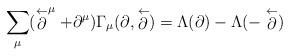
LaTeX: \begin{align*}\sum_{\mu} ( \stackrel{\leftarrow} {\partial}^{\mu} +\partial^{\mu} ) \Gamma_{\mu} (\partial, \stackrel{\leftarrow}{\partial})= \Lambda(\partial)- \Lambda(-\stackrel{\leftarrow}{\partial}) \end{align*}